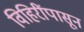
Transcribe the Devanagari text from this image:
विहिरींपासून